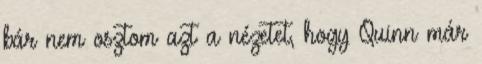
bár nem osztom azt a nézetet, hogy Quinn már